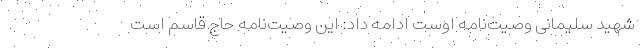
شهید سلیمانی وصیت‌نامه اوست ادامه داد: این وصیت‌نامه حاج قاسم است